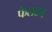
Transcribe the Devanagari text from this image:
फेलटन